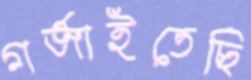
গর্‌জাইতেছি